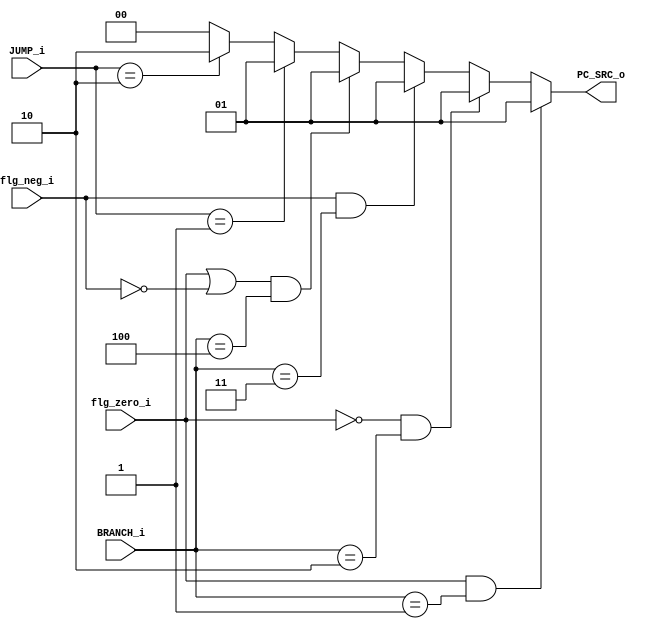
`timescale 1ns / 1ps
//////////////////////////////////////////////////////////////////////////////////
// Company: 
// Engineer: 
// 
// Design Name: 
// Module Name: PC_SRC_CTRL
// Project Name: 
// Target Devices: 
// Tool Versions: 
// Description: 
// 
// Dependencies: 
// 
// Revision:
// Revision 0.01 - File Created
// Additional Comments:
// 
//////////////////////////////////////////////////////////////////////////////////


module PC_SRC_CTRL(
            output [1:0] PC_SRC_o,
            input  [2:0] BRANCH_i,
            input  [1:0] JUMP_i,
            input        flg_zero_i, flg_neg_i
    );
    
    assign PC_SRC_o = (flg_zero_i & BRANCH_i == 3'd1 )? 2'd1 :
                       (!flg_zero_i & BRANCH_i == 3'd2 )? 2'd1 :
                       (flg_neg_i & BRANCH_i == 3'd3 )? 2'd1 :
                       ((flg_zero_i | !flg_neg_i) & BRANCH_i == 3'd4 )? 2'd1 :
                       (JUMP_i == 2'd1 ) ? 2'd1  :
                       (JUMP_i == 2'd2 ) ? 2'd2  :  2'd0 ; 
    
endmodule